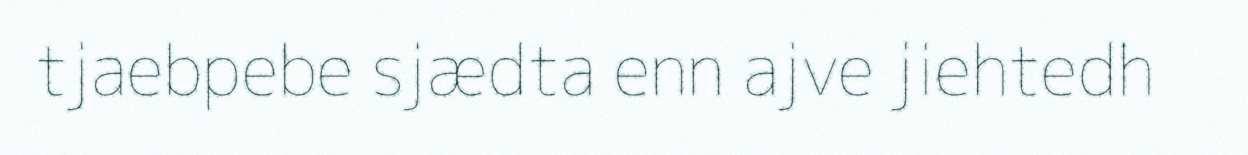
tjaebpebe sjædta enn ajve jiehtedh